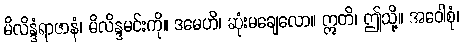
မိလိန္ဒံရာဇာနံ၊ မိလိန္ဒမင်းကို။ ဒမေဟိ၊ ဆုံးမချေလော။ ဣတိ၊ ဤသို့။ အဝေါစုံ၊